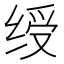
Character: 绶